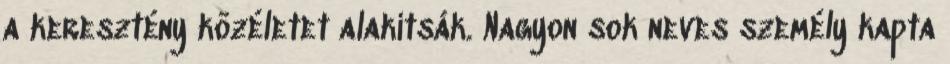
a keresztény közéletet alakítsák. Nagyon sok neves személy kapta